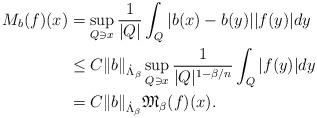
LaTeX: \begin{align*} M_b(f)(x) & =\sup_{Q\ni {x}} \frac1{|Q|} \int_Q|b(x)-b(y)||f(y)|dy\\ &\le {C}\|b\|_{\dot{\Lambda}_{\beta}} \sup_{Q\ni {x}} \frac1{|Q|^{1-\beta/n}} \int_Q |f(y)|dy\\ &= {C}\|b\|_{\dot{\Lambda}_{\beta}} \mathfrak{M}_{\beta}(f)(x).\end{align*}